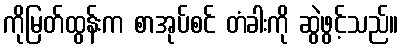
ကိုမြတ်ထွန်းက စာအုပ်စင် တံခါးကို ဆွဲဖွင့်သည်။